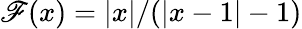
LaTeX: \mathscr{F}(x)=|x|/(|x-1|-1)